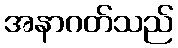
အနာဂတ်သည်